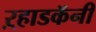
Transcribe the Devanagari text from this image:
ऱ्हाडकॅनी